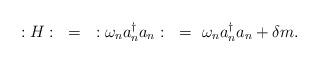
LaTeX: \begin{align*}:H:~=~:\omega_na^{\dagger}_na_n:~=~\omega_na^{\dagger}_na_n+\delta m.\end{align*}